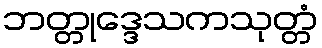
ဘတ္တုဒ္ဒေသကသုတ္တံ